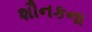
શૌનકના